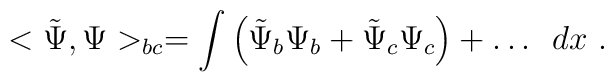
<\tilde{\Psi},\Psi>_{bc}=      \int{\left(\tilde{\Psi}_b \Psi_b + \tilde{\Psi}_c\Psi_c\right)                    + \dots } \ \ dx \ .